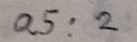
a _ { 5 } : 2